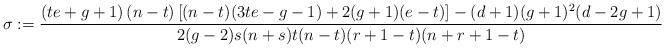
LaTeX: \begin{align*}\sigma:=\frac{ \left(t e +g +1\right) (n-t) \left[ (n-t) (3 t e-g-1) +2 (g+1) (e-t)\right] -(d+1) (g+1)^2 (d-2 g+1)}{2(g-2)s(n+s)t(n-t)(r+1-t)(n+r+1-t)}\end{align*}